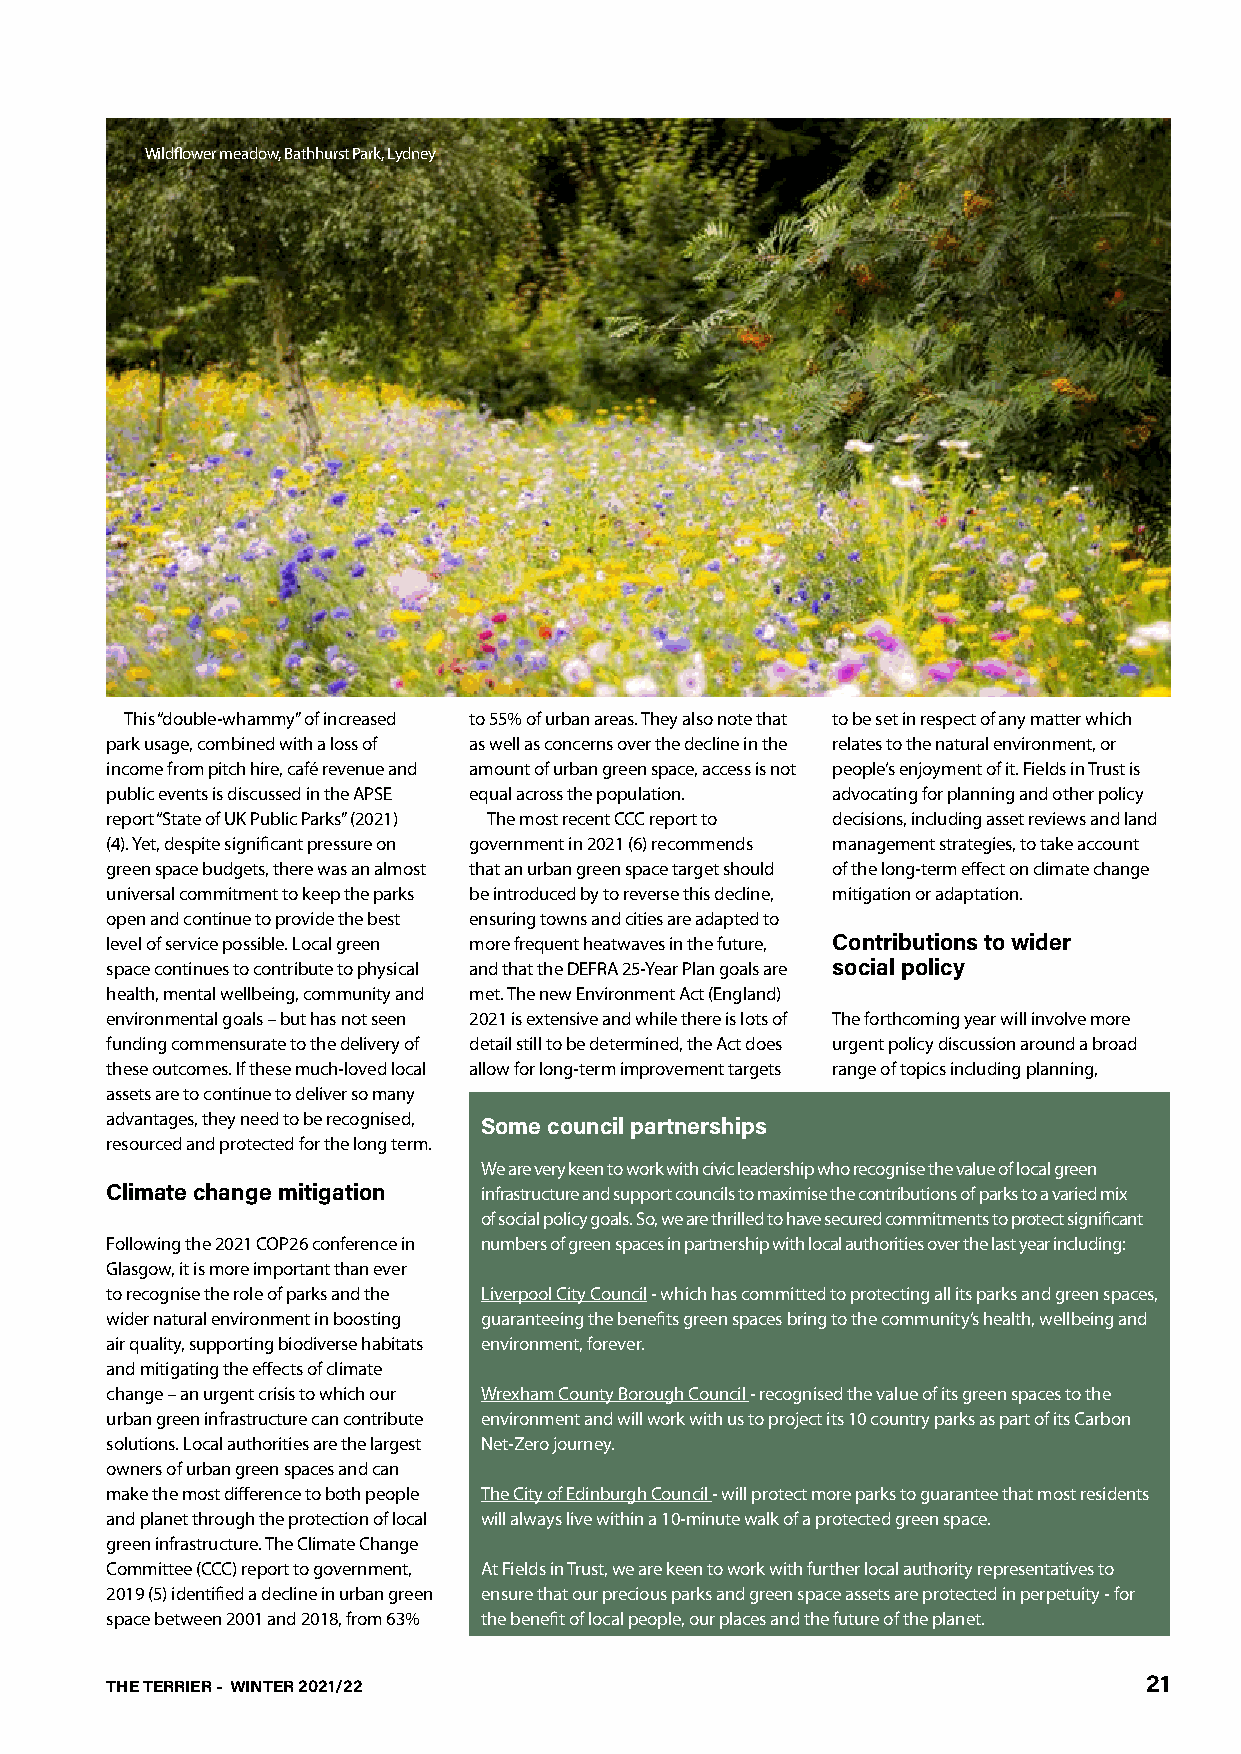
Wildflower meadow, Bathhurst Park, Lydney
 This “double-whammy” of increased to 55% of urban areas. They also note that to be set in respect of any matter which
 park usage, combined with a loss of as well as concerns over the decline in the relates to the natural environment, or
 income from pitch hire, café revenue and amount of urban green space, access is not people’s enjoyment of it. Fields in Trust is
 public events is discussed in the APSE equal across the population. advocating for planning and other policy
 report “State of UK Public Parks” (2021) The most recent CCC report to decisions, including asset reviews and land
 (4). Yet, despite significant pressure on government in 2021 (6) recommends management strategies, to take account
 green space budgets, there was an almost that an urban green space target should of the long-term effect on climate change
 universal commitment to keep the parks be introduced by to reverse this decline, mitigation or adaptation.
 open and continue to provide the best ensuring towns and cities are adapted to
 level of service possible. Local green more frequent heatwaves in the future, Contributions to wider
 space continues to contribute to physical and that the DEFRA 25-Year Plan goals are social policy
 health, mental wellbeing, community and met. The new Environment Act (England)
 environmental goals – but has not seen 2021 is extensive and while there is lots of The forthcoming year will involve more
 funding commensurate to the delivery of detail still to be determined, the Act does urgent policy discussion around a broad
 these outcomes. If these much-loved local allow for long-term improvement targets range of topics including planning,
 assets are to continue to deliver so many
 advantages, they need to be recognised,
 Some council partnerships
 resourced and protected for the long term.
 We are very keen to work with civic leadership who recognise the value of local green
 Climate change mitigation infrastructure and support councils to maximise the contributions of parks to a varied mix
 of social policy goals. So, we are thrilled to have secured commitments to protect significant
 Following the 2021 COP26 conference in numbers of green spaces in partnership with local authorities over the last year including:
 Glasgow, it is more important than ever
 to recognise the role of parks and the Liverpool City Council - which has committed to protecting all its parks and green spaces,
 wider natural environment in boosting guaranteeing the benefits green spaces bring to the community’s health, wellbeing and
 air quality, supporting biodiverse habitats environment, forever.
 and mitigating the effects of climate
 change – an urgent crisis to which our Wrexham County Borough Council - recognised the value of its green spaces to the
 urban green infrastructure can contribute environment and will work with us to project its 10 country parks as part of its Carbon
 solutions. Local authorities are the largest Net-Zero journey.
 owners of urban green spaces and can
 make the most difference to both people The City of Edinburgh Council - will protect more parks to guarantee that most residents
 and planet through the protection of local will always live within a 10-minute walk of a protected green space.
 green infrastructure. The Climate Change
 Committee (CCC) report to government, At Fields in Trust, we are keen to work with further local authority representatives to
 2019 (5) identified a decline in urban green ensure that our precious parks and green space assets are protected in perpetuity - for
 space between 2001 and 2018, from 63% the benefit of local people, our places and the future of the planet.
 THE TERRIER - WINTER 2021/22                                         21